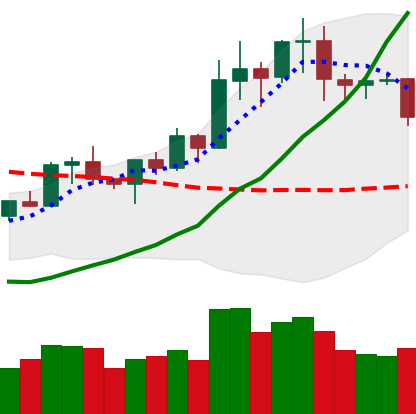
Ticker: NEO-USD
Chart end date: 2020-01-23
Forward return: 7.461%
Label: up_7plus